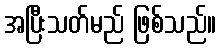
အပြီးသတ်မည် ဖြစ်သည်။